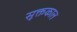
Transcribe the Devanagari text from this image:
सूक्तकाल